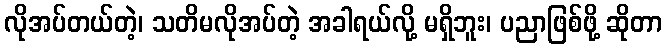
လိုအပ်တယ်တဲ့၊ သတိမလိုအပ်တဲ့ အခါရယ်လို့ မရှိဘူး၊ ပညာဖြစ်ဖို့ ဆိုတာ